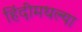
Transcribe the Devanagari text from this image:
हिंदीमधल्या